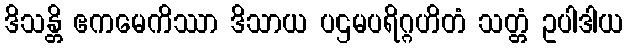
ဒိသန္တိ ဧကမေကိဿာ ဒိသာယ ပဌမပရိဂ္ဂဟိတံ သတ္တံ ဥပါဒါယ